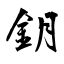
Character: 鈅